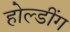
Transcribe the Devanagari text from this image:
होल्डींग